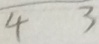
4 3